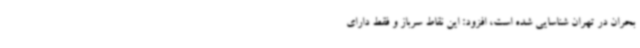
بحران در تهران شناسایی شده است، افزود: این نقاط سرباز و فقط دارای